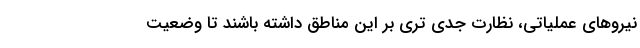
نیروهای عملیاتی، نظارت جدی تری بر این مناطق داشته باشند تا وضعیت